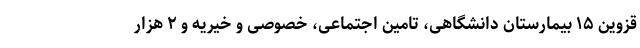
قزوین ۱۵ بیمارستان دانشگاهی، تامین اجتماعی، خصوصی و خیریه و ۲ هزار